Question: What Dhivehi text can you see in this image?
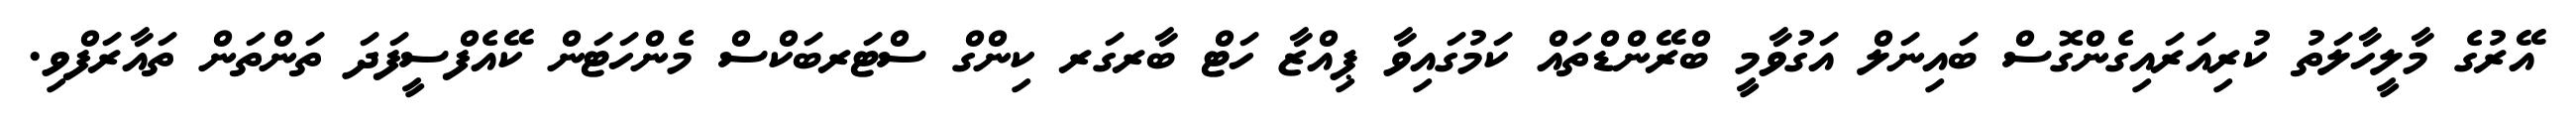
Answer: އޭރުގެ މާލީހާލަތު ކުރިއަރައިގެންގޮސް ބައިނަލް އަގުވާމީ ބްރޭންޑްތައް ކަމުގައިވާ ޕިއްޒާ ހަޓް ބާރގަރ ކިންގް ސްޓަރބަކްސް މެންހަޓަން ކޭއެފްސީފަދަ ތަންތަން ތައާރަފްވި.